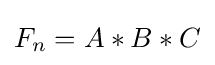
F_{n}=A\ast B\ast C